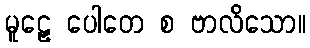
မူဠှေ ပေါတေ စ ဗာလိသော။